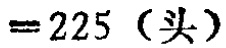
$=225 \text{（头）}$